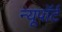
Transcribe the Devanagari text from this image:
न्यूपाॅर्ट